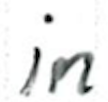
Text: in
Cross-out: clean
Writing tool: ballpoint